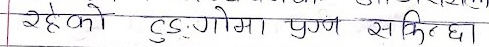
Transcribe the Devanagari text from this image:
रहेको टुङ्गमा पुग्ने शक्ति छ